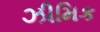
ઝીમિક